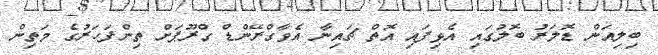
ބިލިއަން ޑޮލަރު ބޮލުގައި އެޅިފައި އޮތް ޗައިނާ އެވާގްރޭންޑް ގްރޫޕަށް ތިންފަހަރުގެ މަތިން